Code of medical and sanitary regulations for the guidance of medical officers serving in the Madras Presidency - Volume I
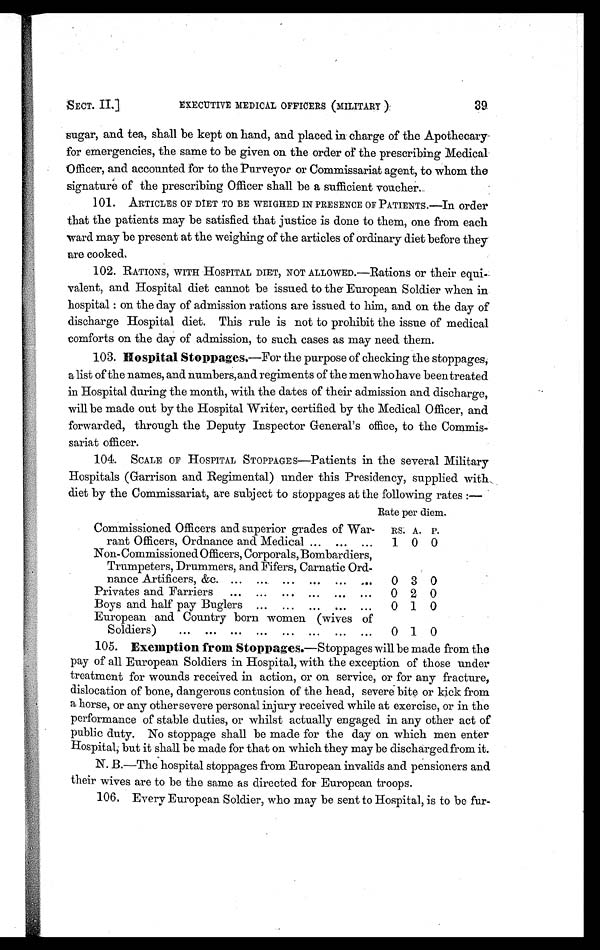
SECT. II.]
EXECUTIVE MEDICAL OFFICERS (MILITARY):
39.
sugar, and tea, shall be kept on hand, and placed in charge of the Apothecary
for emergencies, the same to be given on the order of the prescribing Medical
Officer, and accounted for to the Purveyor or Commissariat agent, to whom the
signature of the prescribing Officer shall be a sufficient voucher.
101. ARTICLES OF DIET TO BE WEIGHED IN PRESENCE OF PATIENTS.—In order
that the patients may be satisfied that justice is done to them, one from each
ward may be present at the weighing of the articles of ordinary diet before they
are cooked.
102.RATIONS, WITH HOSPITAL DIET, NOT ALLOWED.—Rations or their equi-
valent, and Hospital diet cannot be issued to the European Soldier when in
hospital : on the day of admission rations are issued to him, and on the day of
discharge Hospital diet. This rule is not to prohibit the issue of medical
comforts on the day of admission, to such cases as may need them.
103. Hospital Stoppages .—For the purpose of checking the stoppages,
a list of the names, and numbers, and regiments of the menwho have been treated
in Hospital during the month, with the dates of their admission and discharge,
will be made out by the Hospital Writer, certified by the Medical Officer, and
forwarded, through the Deputy Inspector General's office, to the Commis-
sariat officer.
104. SCALE OF HOSPITAL STOPPAGES—Patients in the several Military
Hospitals (Garrison and Regimental) under this Presidency, supplied with,
diet by the Commissariat, are subject to stoppages at the following rates :—
Rate per diem.
Commissioned Officers and superior grades of War
rant Officers, Ordnance and Medical... ... ...
RS. A. P.
1 0 0
Non-Commissioned Officers, Corporals, Bombardiers,
Trumpeters, Drummers, and Fifers, Carnatic Ord
nance Artificers, &c. ... ... ... ... ... ... 0 3 0
Privates and Farriers ... ... ... ... ... ... 0 2 0
Boys and half pay Buglers ... ... ... ... ... 0 1 0
European and Country born women (wives of
Soldiers)
0 1
0
105. Exemption from Stoppages.—Stoppages will be made from the
pay of all European Soldiers in Hospital, with the exception of those under
treatment for wounds received in action, or on service, or for any fracture,
dislocation of bone, dangerous contusion of the head, severe bite or kick from
a horse, or any other severe personal injury received while at exercise, or in the
performance of stable duties, or whilst actually engaged in any other act of
public duty. No stoppage shall be made for the day on which men enter
Hospital, but it shall be made for that on which they may be discharged from it.
N. B.—The hospital stoppages from European invalids and pensioners and
their wives are to be the same as directed for European troops.
106. Every European Soldier, who may be sent to Hospital, is to be fur-